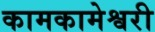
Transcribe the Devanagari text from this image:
कामकामेश्वरी